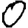
Digit: 0